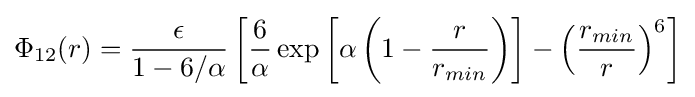
\Phi _{12}(r)={\frac {\epsilon }{1-6/\alpha }}\left[{\frac {6}{\alpha }}\exp \left[\alpha \left(1-{\frac {r}{r_{min}}}\right)\right]-\left({\frac {r_{min}}{r}}\right)^{6}\right]